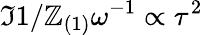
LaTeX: \Im{1/\mathbb{Z}_{(1)}}\omega^{-1}\propto\tau^{2}